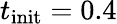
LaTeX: t_{\mathrm{init}}=0.4